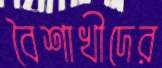
বৈশাখীদের